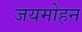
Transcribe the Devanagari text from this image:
जयमोहन